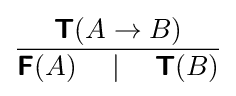
{\frac {{\boldsymbol {\mathsf {T}}}(A\to B)}{{\boldsymbol {\mathsf {F}}}(A)\quad \mid \quad {\boldsymbol {\mathsf {T}}}(B)}}